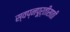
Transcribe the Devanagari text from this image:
स्वप्नपूर्तीसाठी